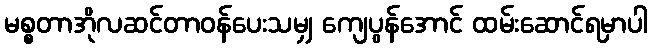
မစ္စတာအိုလဆင်တာဝန်ပေးသမျှ ကျေပွန်အောင် ထမ်းဆောင်ရမှာပါ